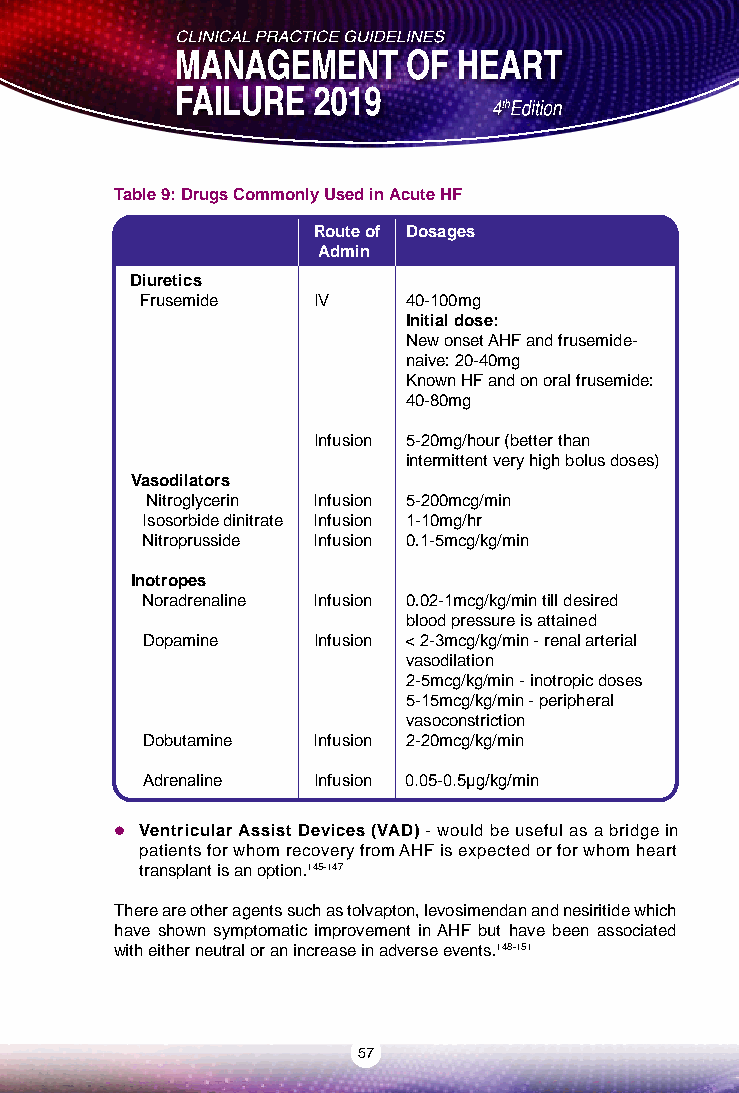
Table 9: Drugs Commonly Used in Acute HF
 Route of Dosages
 Admin
 Diuretics
 Frusemide   IV    40-100mg
 Initial dose:
 New onset AHF and frusemide-
 naive: 20-40mg
 Known HF and on oral frusemide:
 40-80mg
 Infusion 5-20mg/hour (better than
 intermittent very high bolus doses)
 Vasodilators
 Nitroglycerin Infusion 5-200mcg/min
 Isosorbide dinitrate Infusion 1-10mg/hr
 Nitroprusside Infusion 0.1-5mcg/kg/min
 Inotropes
 Noradrenaline Infusion 0.02-1mcg/kg/min till desired
 blood pressure is attained
 Dopamine    Infusion < 2-3mcg/kg/min - renal arterial
 vasodilation
 2-5mcg/kg/min - inotropic doses
 5-15mcg/kg/min - peripheral
 vasoconstriction
 Dobutamine  Infusion 2-20mcg/kg/min
 Adrenaline  Infusion 0.05-0.5μg/kg/min
  Ventricular Assist Devices (VAD) - would be useful as a bridge in
 patients for whom recovery from AHF is expected or for whom heart
 transplant is an option.145-147
 There are other agents such as tolvapton, levosimendan and nesiritide which
 have shown symptomatic improvement in AHF but have been associated
 with either neutral or an increase in adverse events.148-151
 57